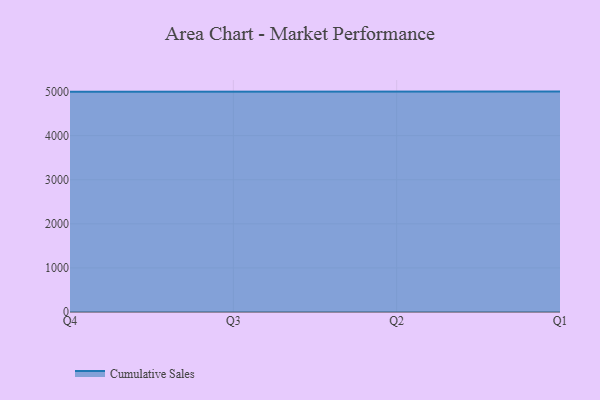
{"axis": {"x": "Quarter", "y": "Net Income (USD K)"}, "legend": ["Cumulative Sales"], "data": [{"x": "Q4", "y": 4997.2, "type": "Cumulative Sales"}, {"x": "Q3", "y": 5000, "type": "Cumulative Sales"}, {"x": "Q2", "y": 5000, "type": "Cumulative Sales"}, {"x": "Q1", "y": 5000, "type": "Cumulative Sales"}]}